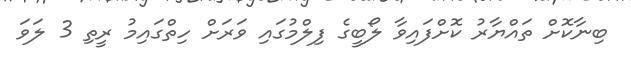
ބިނާކޮށް ތައްޔާރު ކޮށްފައިވާ ލޯބީގެ ފިލްމުގައި ވަރަށް ހިތްގައިމު ރީތި 3 ލަވަ